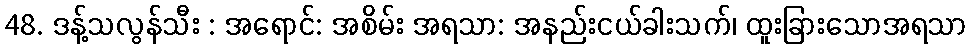
48. ဒန့်သလွန်သီး : အရောင်: အစိမ်း အရသာ: အနည်းငယ်ခါးသက်၊ ထူးခြားသောအရသာ